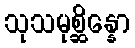
သုသမုစ္ဆိန္နော